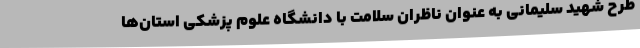
طرح شهید سلیمانی به عنوان ناظران سلامت با دانشگاه علوم پزشکی استان‌ها